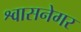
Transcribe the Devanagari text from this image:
श्वासनेगर